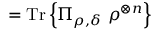
= { \mathrm { T r } } \left\{ \Pi _ { \rho , \delta } \ \rho ^ { \otimes n } \right\}